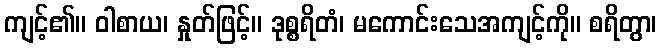
ကျင့်၏။ ဝါစာယ၊ နှုတ်ဖြင့်။ ဒုစ္စရိတံ၊ မကောင်းသေအကျင့်ကို။ စရိတွာ၊